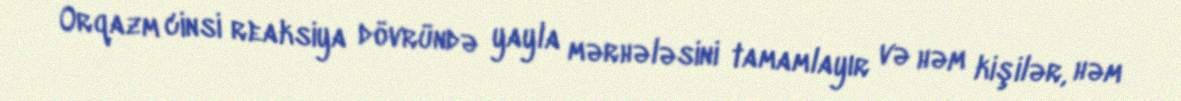
Orqazm cinsi reaksiya dövründə yayla mərhələsini tamamlayır və həm kişilər, həm